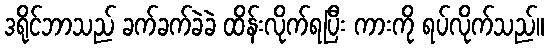
ဒရိုင်ဘာသည် ခက်ခက်ခဲခဲ ထိန်းလိုက်ရပြီး ကားကို ရပ်လိုက်သည်။